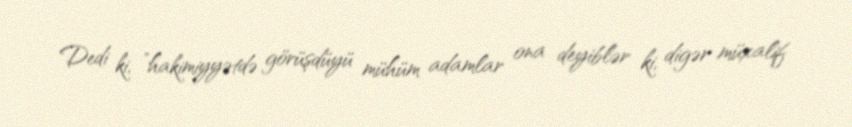
Dedi ki, ”hakimiyyətdə görüşdüyü mühüm adamlar ona deyiblər ki, digər müxalif